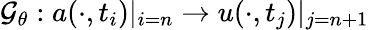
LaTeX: \mathcal{G}_{\theta}:a(\cdot,t_{i})|_{i=n}\to u(\cdot,t_{j})|_{j=n+1}